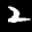
Label: 2